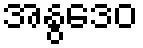
အနွဒေဝ